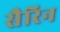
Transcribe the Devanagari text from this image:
सैरिन